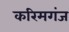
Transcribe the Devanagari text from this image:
करिमगंज